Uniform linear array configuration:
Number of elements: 24
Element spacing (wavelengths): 0.25
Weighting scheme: uniform
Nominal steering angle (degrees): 60
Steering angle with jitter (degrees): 61.958
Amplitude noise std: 0.05
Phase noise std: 0.05

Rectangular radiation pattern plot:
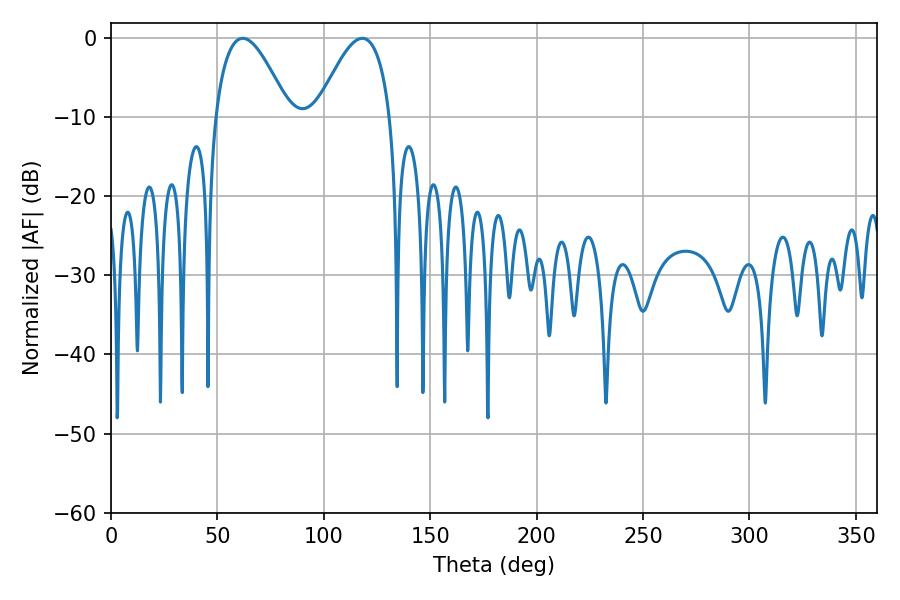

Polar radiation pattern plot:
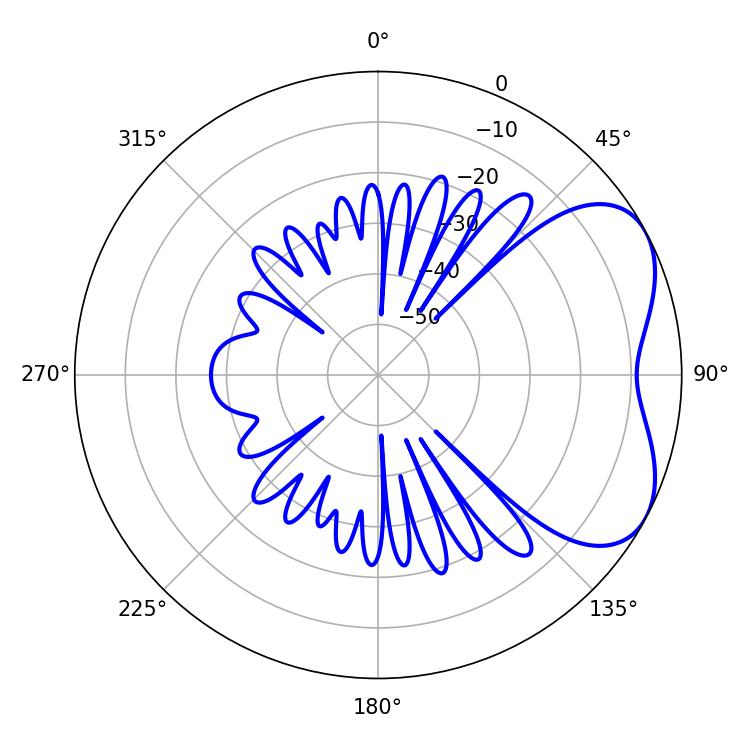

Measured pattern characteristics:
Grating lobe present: FALSE
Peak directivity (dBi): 4.815
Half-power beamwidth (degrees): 18.9
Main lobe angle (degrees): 61.92